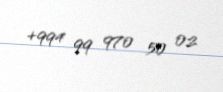
+994 99 970 50 02